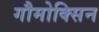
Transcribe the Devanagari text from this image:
गौमोक्सिन